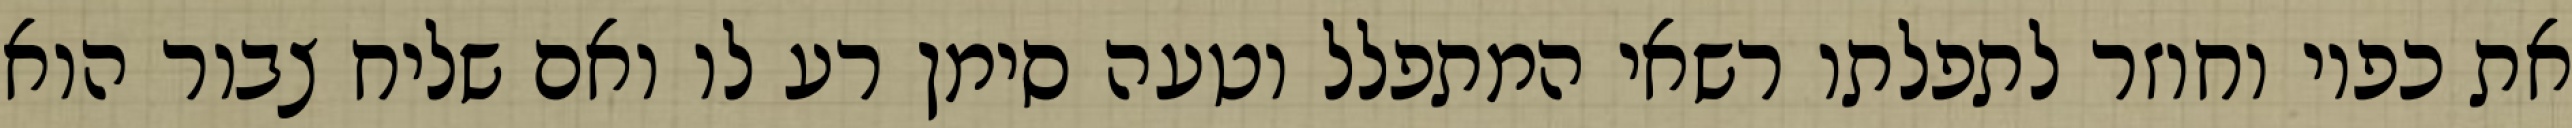
את כפיו וחוזר לתפלתו רשאי המתפלל וטעה סימן רע לו ואם שליח צבור הוא